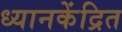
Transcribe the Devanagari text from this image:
ध्यानकेंद्रित